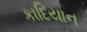
કાદિયાન